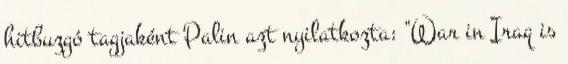
hitbuzgó tagjaként Palin azt nyilatkozta: "War in Iraq is